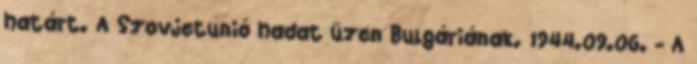
határt. A Szovjetunió hadat üzen Bulgáriának. 1944.09.06. - A